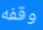
وقفه